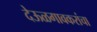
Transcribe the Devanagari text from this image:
देऊळगावकरांचा